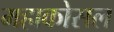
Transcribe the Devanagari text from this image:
महाकोसल